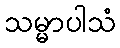
သမ္မာပါသံ